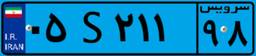
۵۲S۳۵۸۴۰